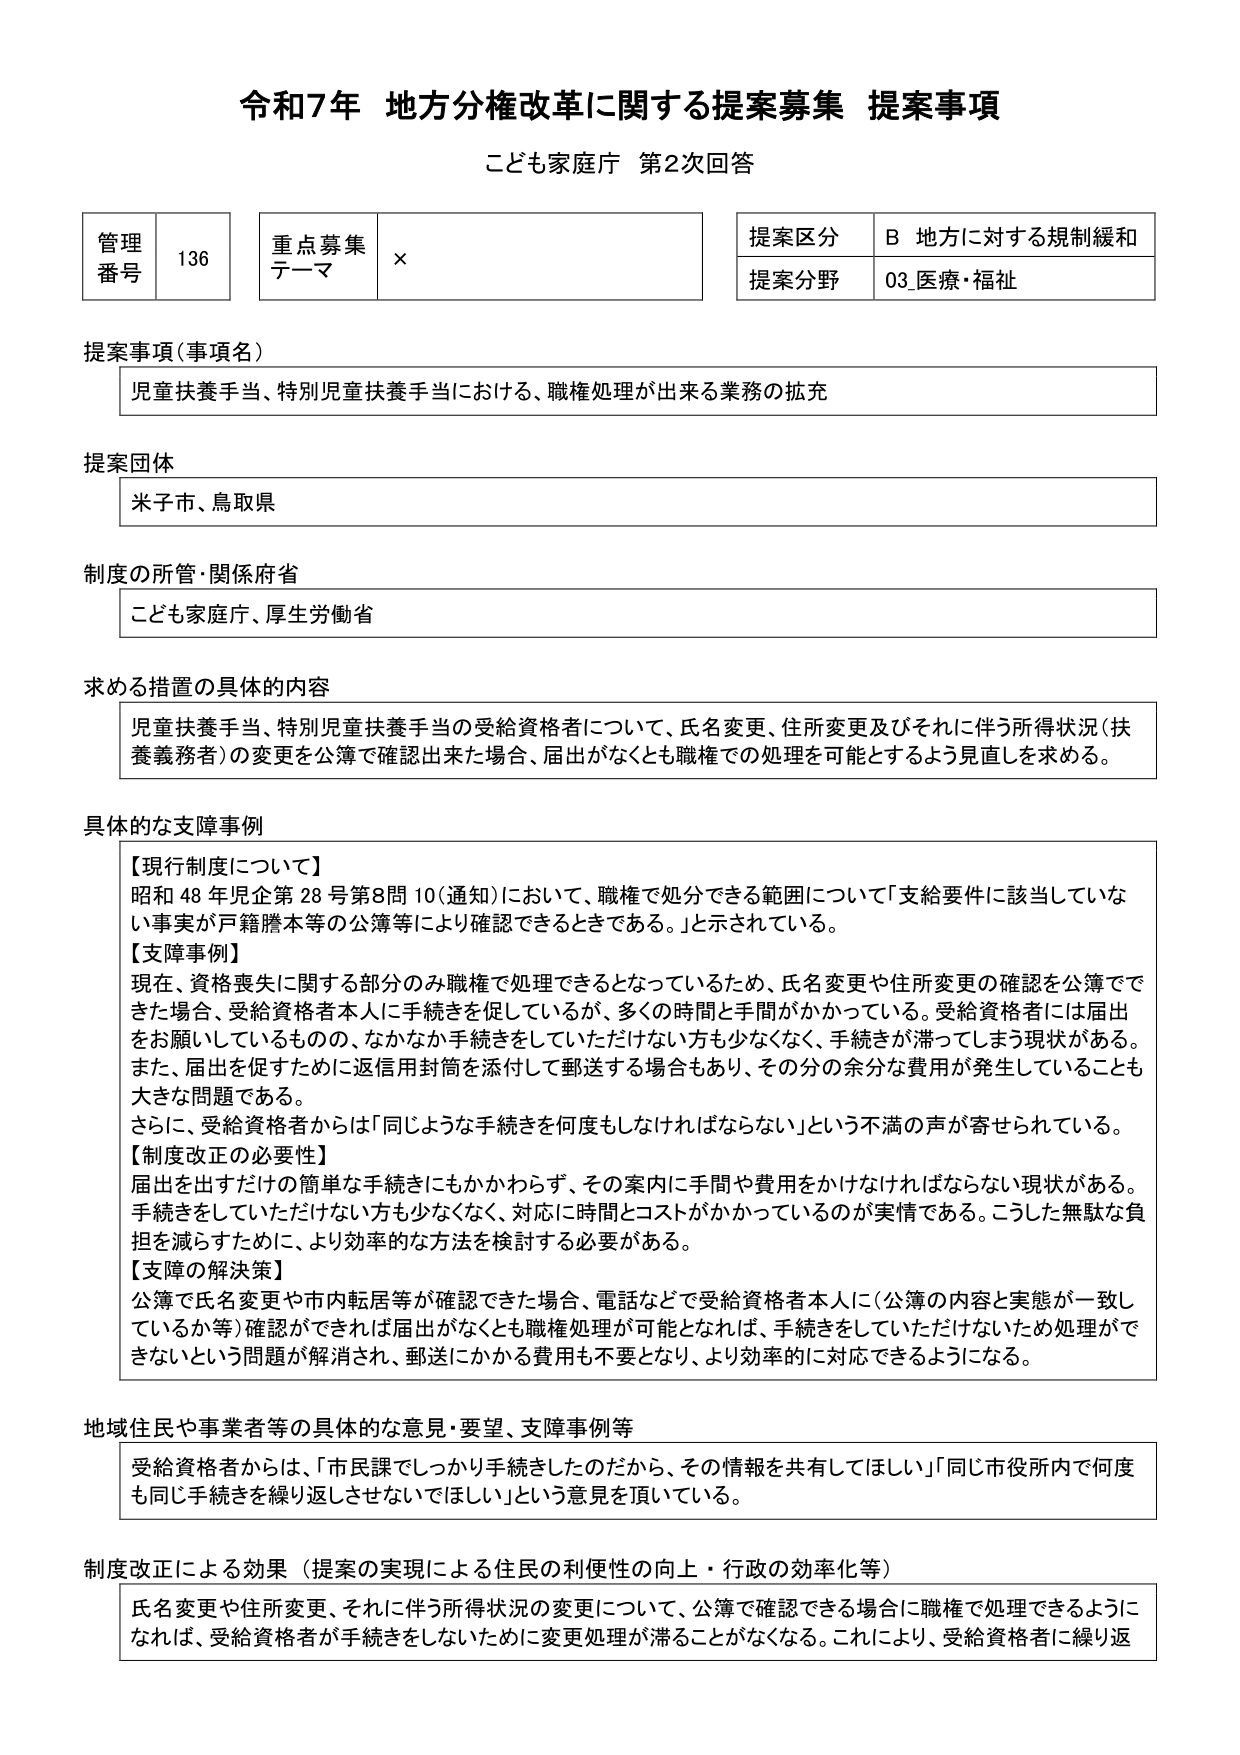
令和7年 地方分権改革に関する提案募集 提案事項
こども家庭庁 第2次回答

管理番号 136
重点募集テーマ ×
提案区分 B 地方に対する規制緩和
提案分野 03_医療・福祉

提案事項（事項名）
児童扶養手当、特別児童扶養手当における、職権処理が出来る業務の拡充

提案団体
米子市、鳥取県

制度の所管・関係府省
こども家庭庁、厚生労働省

求める措置の具体的内容
児童扶養手当、特別児童扶養手当の受給資格者について、氏名変更、住所変更及びそれに伴う所得状況（扶養義務者）の変更を公簿で確認出来た場合、届出がなくとも職権での処理を可能とするよう見直しを求める。

具体的な支障事例
【現行制度について】
昭和48年児企第28号第8問10（通知）において、職権で処分できる範囲について「支給要件に該当していな い事実が戸籍謄本等の公簿等により確認できるときである。」と示されている。
【支障事例】
現在、資格喪失に関する部分のみ職権で処理できるとなっているため、氏名変更や住所変更の確認を公簿でできた場合、受給資格者本人に手続きを促しているが、多くの時間と手間がかかっている。受給資格者には届出をお願いしているものの、なかなか手続きをしていただけない方も少なくなく、手続きが滞ってしまう現状がある。また、届出を促すために返信用封筒を添付して郵送する場合もあり、その分の余分な費用が発生していることも大きな問題である。
さらに、受給資格者からは「同じような手続きを何度もしなければならない」という不満の声が寄せられている。
【制度改正の必要性】
届出を出すだけの簡単な手続きにもかかわらず、その案内に手間や費用をかけなければならない現状がある。手続きをしていただけない方も少なくなく、対応に時間とコストがかかっているのが実情である。こうした無駄な負担を減らすために、より効率的な方法を検討する必要がある。
【支障の解決策】
公簿で氏名変更や市内転居等が確認できた場合、電話などで受給資格者本人に（公簿の内容と実態が一致しているか等）確認ができれば届出がなくとも職権処理が可能となれば、手続きをしていただけないため処理ができ ないという問題が解消され、郵送にかかる費用も不要となり、より効率的に対応できるようになる。

地域住民や事業者等の具体的な意見・要望、支障事例等
受給資格者からは、「市民課でしっかり手続きしたのだから、その情報を共有してほしい」「同じ市役所内で何度も同じ手続きを繰り返させないでほしい」という意見を頂いている。

制度改正による効果（提案の実現による住民の利便性の向上・行政の効率化等）
氏名変更や住所変更、それに伴う所得状況の変更について、公簿で確認できる場合に職権で処理できるようになれば、受給資格者が手続きをしないために変更処理が滞ることがなくなる。これにより、受給資格者に繰り返